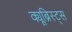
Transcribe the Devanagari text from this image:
क्यूब्रिस्ट्स